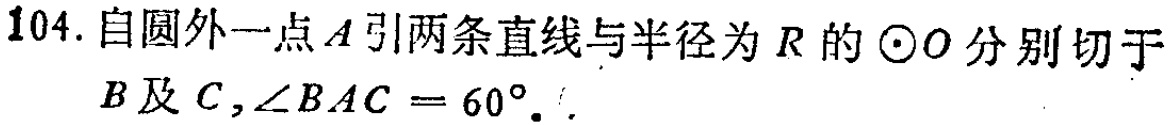
104. 自圆外一点\(A\)引两条直线与半径为\(R\)的\(\odot O\)分别切于\(B\)及\(C\)，\(\angle BAC = 60^{\circ}\)。